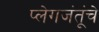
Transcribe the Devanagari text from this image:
प्लेगजंतूंचे